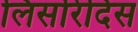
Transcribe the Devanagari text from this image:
लिसरिदिस